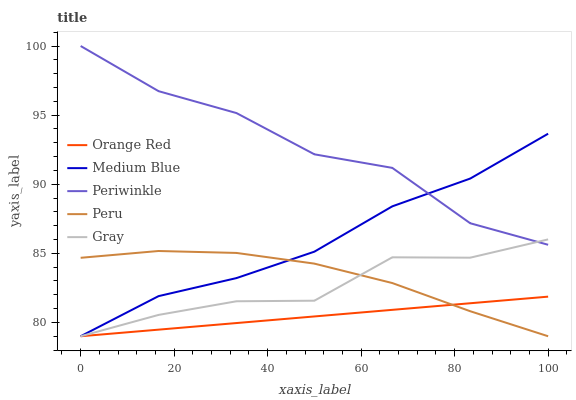
| xaxis_label | Orange Red | Medium Blue | Periwinkle | Peru | Gray |
 | --- | --- | --- | --- | --- | --- |
 | 0 | 79 | 79 | 100 | 84.7 | 79 |
 | 16.7 | 79.5 | 81.9 | 96.7 | 85.2 | 80.5 |
 | 33.3 | 80 | 83.2 | 95.1 | 85 | 81.5 |
 | 50 | 80.4 | 85.1 | 92.2 | 84.3 | 81.6 |
 | 66.7 | 80.9 | 88.4 | 91.2 | 82.8 | 84.7 |
 | 83.3 | 81.4 | 90.4 | 87.2 | 80.8 | 84.7 |
 | 100 | 81.9 | 93.7 | 85.6 | 79 | 86 |